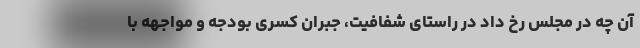
آن چه در مجلس رخ داد در راستای شفافیت، جبران کسری بودجه و مواجهه با